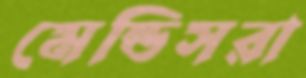
মেন্ডিসরা